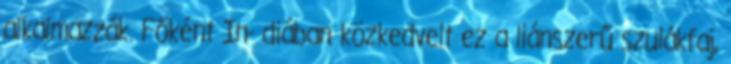
alkalmazzák. Főként In- diában közkedvelt ez a liánszerű szulákfaj,